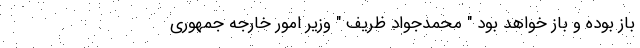
باز بوده و باز خواهد بود " محمدجواد ظریف " وزیر امور خارجه جمهوری